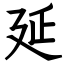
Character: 延